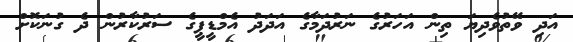
އަދި ވޭތުވެދިޔަ ތިން އަހަރުގެ ނަރުދަމާގެ އަދަދު އެމްޑީޕީގެ ސަރުކާރުން ދެ ގުނަކޮށް